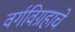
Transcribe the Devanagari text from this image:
वर्गविग्रहाचे